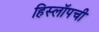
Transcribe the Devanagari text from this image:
हिस्लॉपची